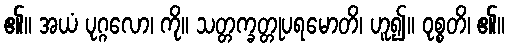
၏။ အယံ ပုဂ္ဂလော၊ ကို။ သတ္တက္ခတ္တုပရမောတိ၊ ဟူ၍။ ဝုစ္စတိ၊ ၏။